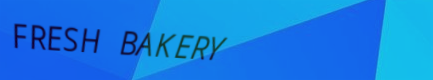
FRESH BAKERY